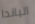
الباندا